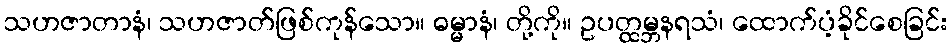
သဟဇာတာနံ၊ သဟဇာတ်ဖြစ်ကုန်သော။ ဓမ္မာနံ၊ တို့ကို။ ဥပတ္ထမ္ဘနရသံ၊ ထောက်ပံ့ခိုင်စေခြင်း